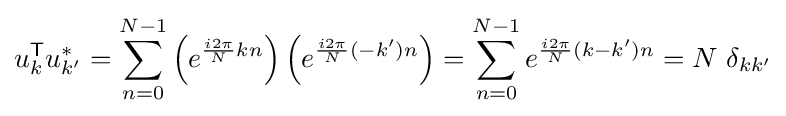
u_{k}^{\mathsf {T}}u_{k'}^{*}=\sum _{n=0}^{N-1}\left(e^{{\frac {i2\pi }{N}}kn}\right)\left(e^{{\frac {i2\pi }{N}}(-k')n}\right)=\sum _{n=0}^{N-1}e^{{\frac {i2\pi }{N}}(k-k')n}=N~\delta _{kk'}